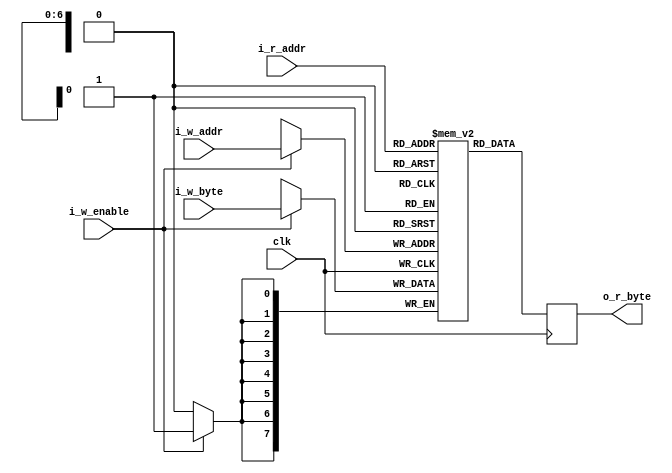
module ram_single(clk, i_w_enable, i_w_addr, i_w_byte, i_r_addr, o_r_byte);
    parameter ADDR_WIDTH=7, RAM_SIZE=128;

    input [7:0] i_w_byte;
    input [ADDR_WIDTH-1:0] i_w_addr;
    input [ADDR_WIDTH-1:0] i_r_addr;
    input i_w_enable, clk;

    output reg [7:0] o_r_byte;

    reg [7:0] mem [RAM_SIZE-1:0];

    always @(posedge clk) begin
        if (i_w_enable)
            mem[i_w_addr] <= i_w_byte;

        o_r_byte <= mem[i_r_addr];
    end
endmodule